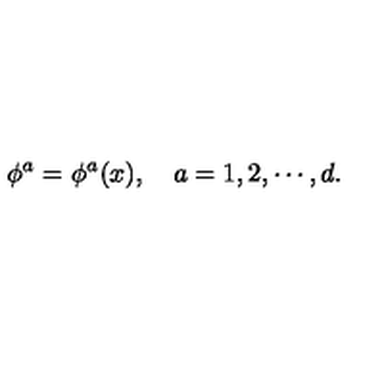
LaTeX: \phi ^ { a } = \phi ^ { a } ( x ) , \quad a = 1 , 2 , \cdots , d .